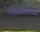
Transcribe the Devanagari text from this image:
विकारामध्ये